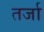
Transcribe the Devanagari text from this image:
तर्जा